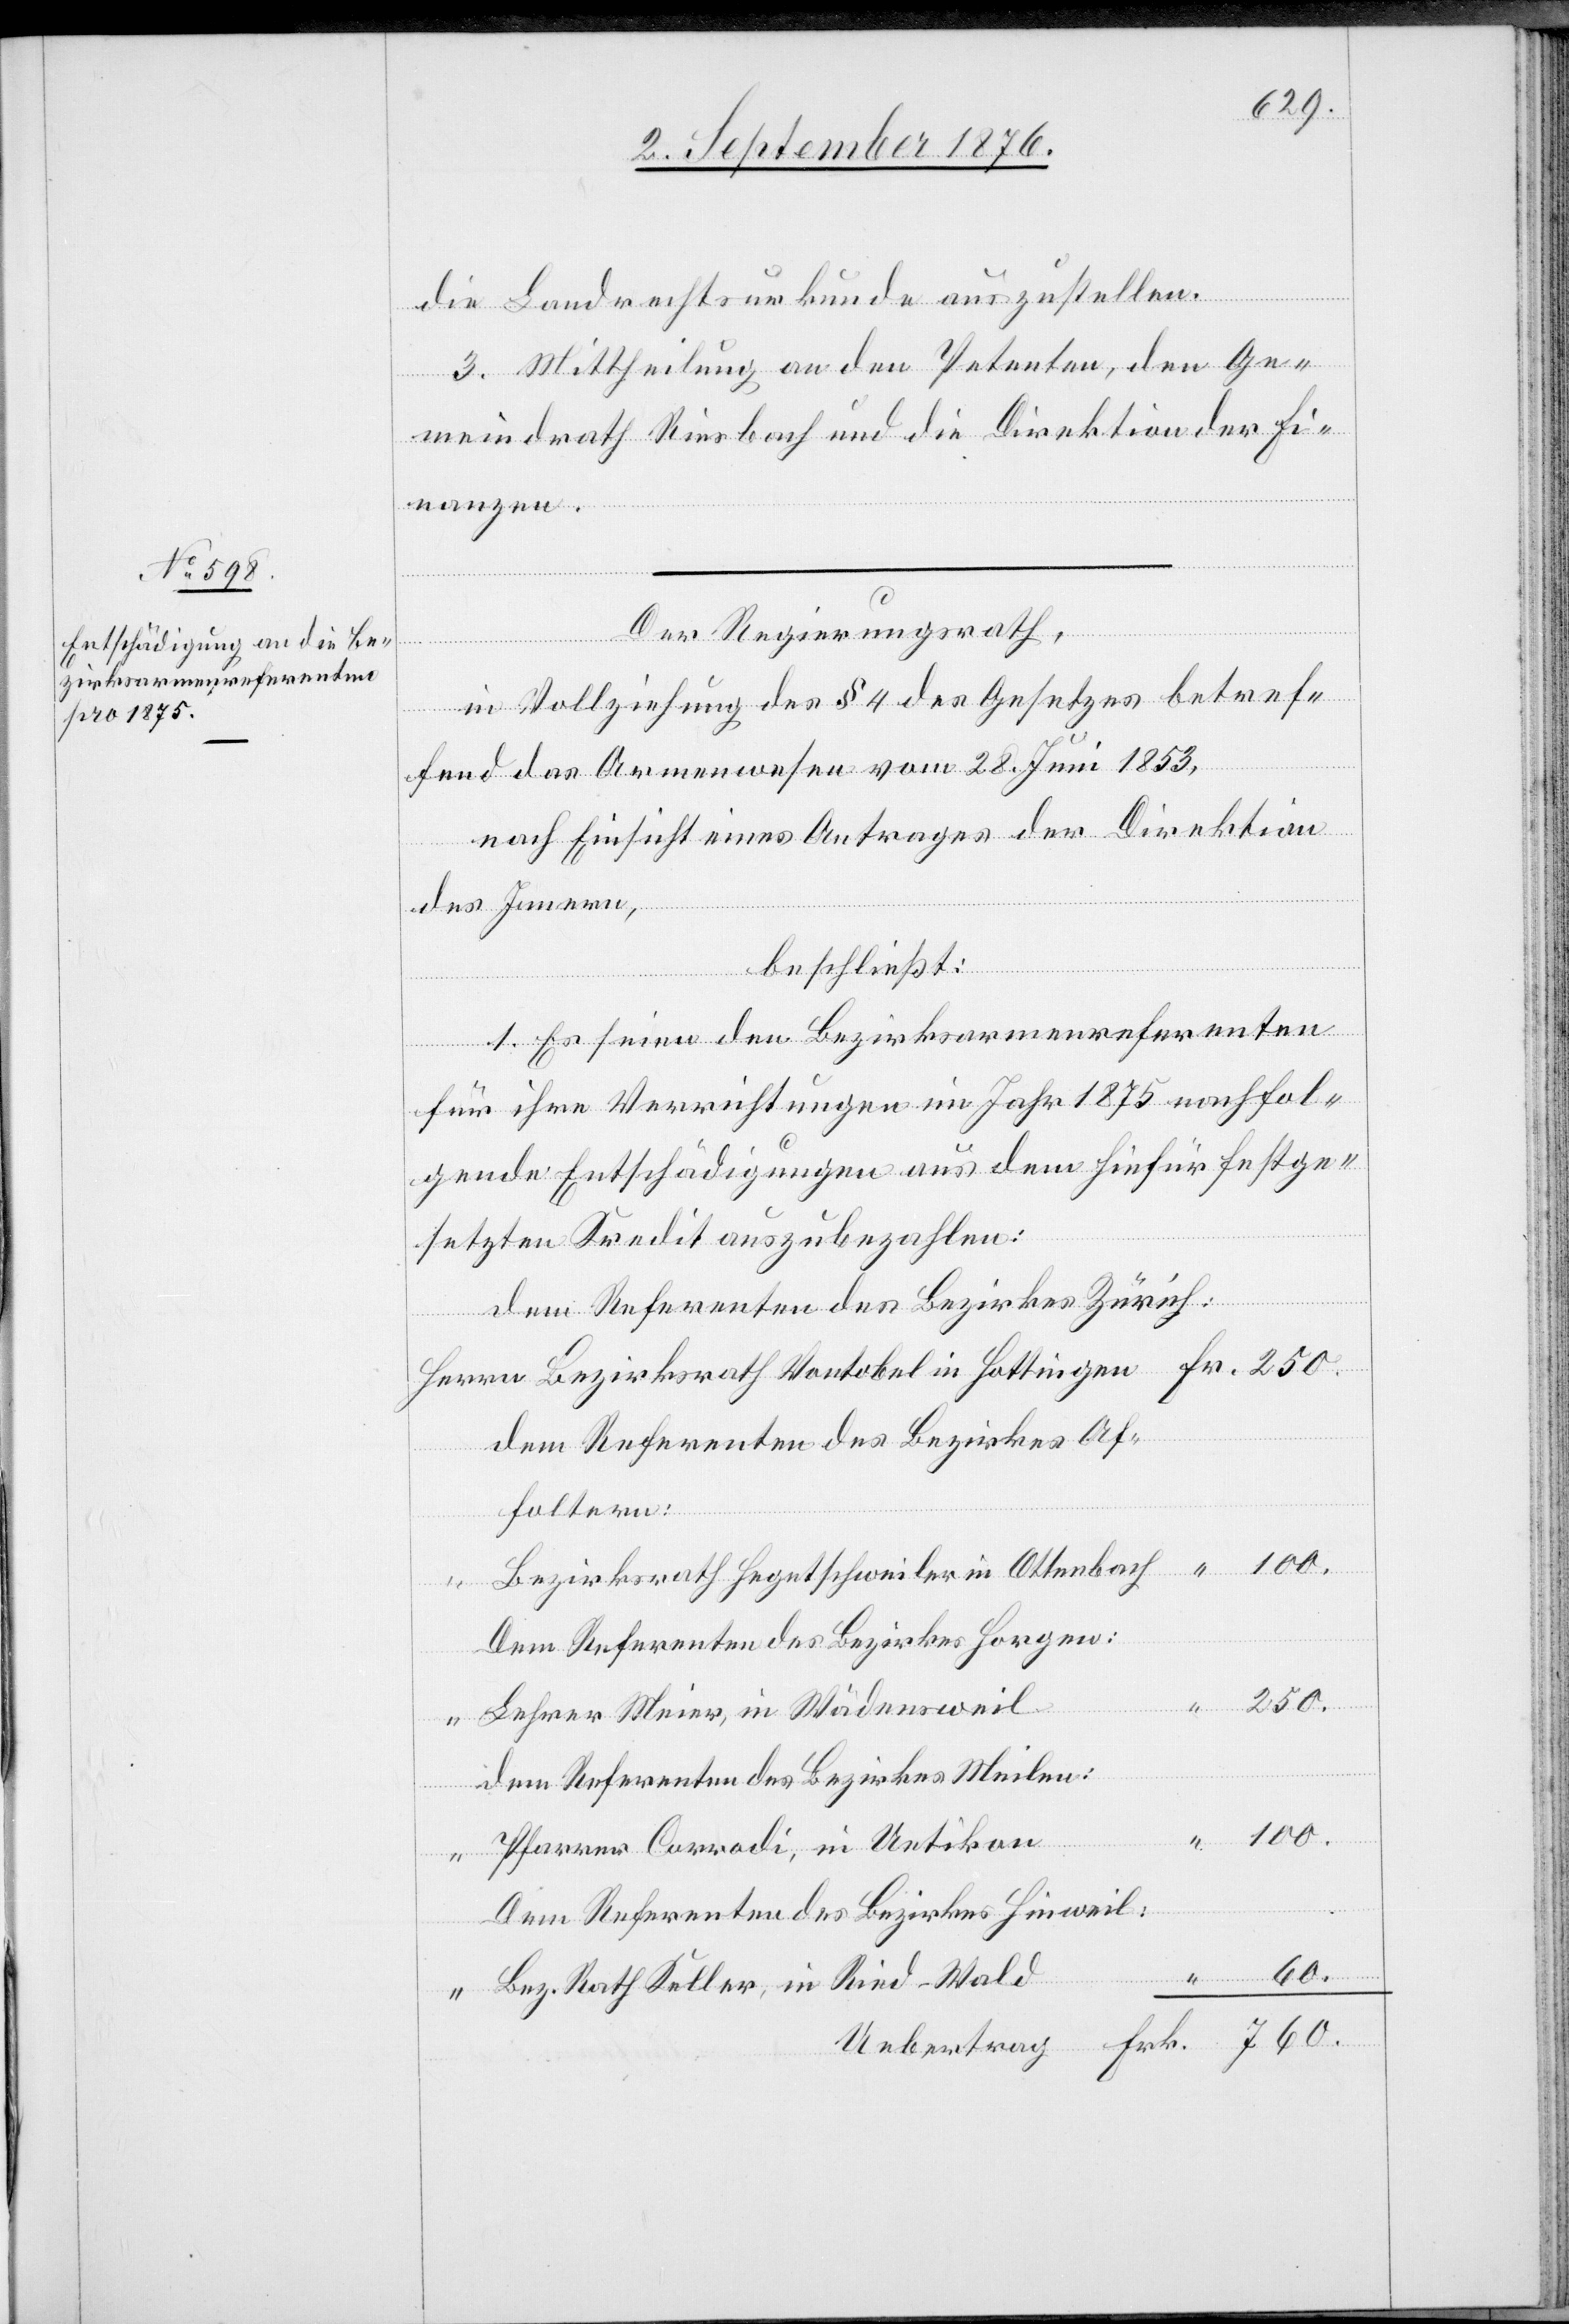
Fr.

die Landrechtsurkunde auszustellen.
3. Mittheilung an den Petenten, den Ge¬
meindrath Riesbach und die Direktion der Fi¬
nanzen.
Der Regierungsrath,
Ried
in Vollziehung des § 4 des Gesetzes betref¬
“
fend das Armenwesen vom 28. Juni 1853,
nach Einsicht eines Antrages der Direktion
des Innern,
beschließt:
1. Es seien den Bezirksarmenreferenten
für ihre Verrichtungen im Jahr 1875 nachfol¬
gende Entschädigungen aus dem hiefür festge¬
setzten Kredit auszubezahlen:
dem Referenten des Bezirkes Zürich:
dem Referenten des Bezirkes Af¬
foltern:
Bezirksrath Hegetschweiler in Ottenbach
Dem Referenten des Bezirkes Horgen:
Lehrer Meier, in Wädensweil
Dem Referenten des Bezirkes Meilen:
100.
Pfarrer Corradi, in Uetikon
250.
Dem Referenten des Bezirkes Hinweil:
760.